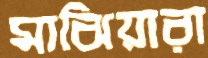
মাঝিয়ারা